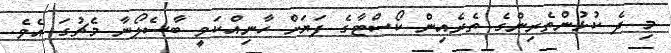
މި ދެ ކުޅުންތެރިންގެ ތެރެއިން ކޯސްޓާގެ ފަޔަށް ހާނިއްކަވީ ބާސެލޯނާ މެޗުގަ އެވެ.